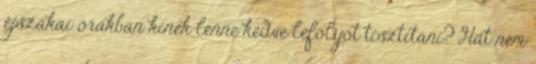
éjszakai órákban kinek lenne kedve lefolyót tisztítani? Hát nem